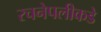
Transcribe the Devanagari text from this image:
रचनेपलीकडे